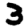
Digit: 3